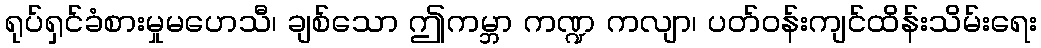
ရုပ်ရှင်ခံစားမှုမဟေသီ၊ ချစ်သော ဤကမ္ဘာ ကဏ္ဍ ကလျာ၊ ပတ်ဝန်းကျင်ထိန်းသိမ်းရေး